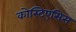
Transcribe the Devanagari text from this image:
कोस्टिएसिस